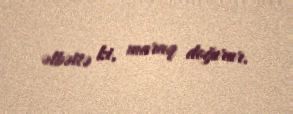
əlbəttə ki, maraq doğurur.